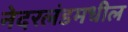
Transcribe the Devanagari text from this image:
नेदरलंडमधील